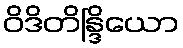
ဝိဒိတိန္ဒြိယော